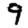
Digit: 9